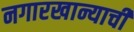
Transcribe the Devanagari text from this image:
नगारखान्याची